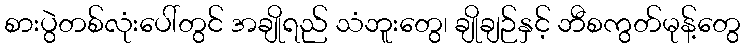
စားပွဲတစ်လုံးပေါ်တွင် အချိုရည် သံဘူးတွေ၊ ချိုချဉ်နှင့် ဘီစကွတ်မုန့်တွေ